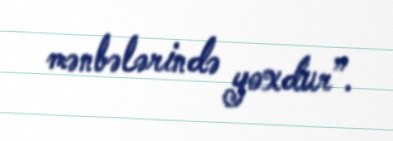
mənbələrində yoxdur”.